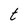
Character: t